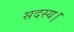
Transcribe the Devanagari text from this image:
सदस्‍य।